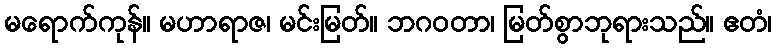
မရောက်ကုန်။ မဟာရာဇ၊ မင်းမြတ်။ ဘဂဝတာ၊ မြတ်စွာဘုရားသည်။ ဧတံ၊